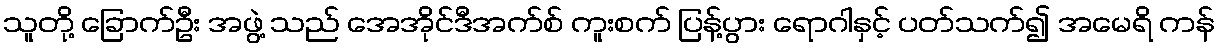
သူတို့ ခြောက်ဦး အဖွဲ့ သည် အေအိုင်ဒီအက်စ် ကူးစက် ပြန့်ပွား ရောဂါနှင့် ပတ်သက်၍ အမေရိ ကန်